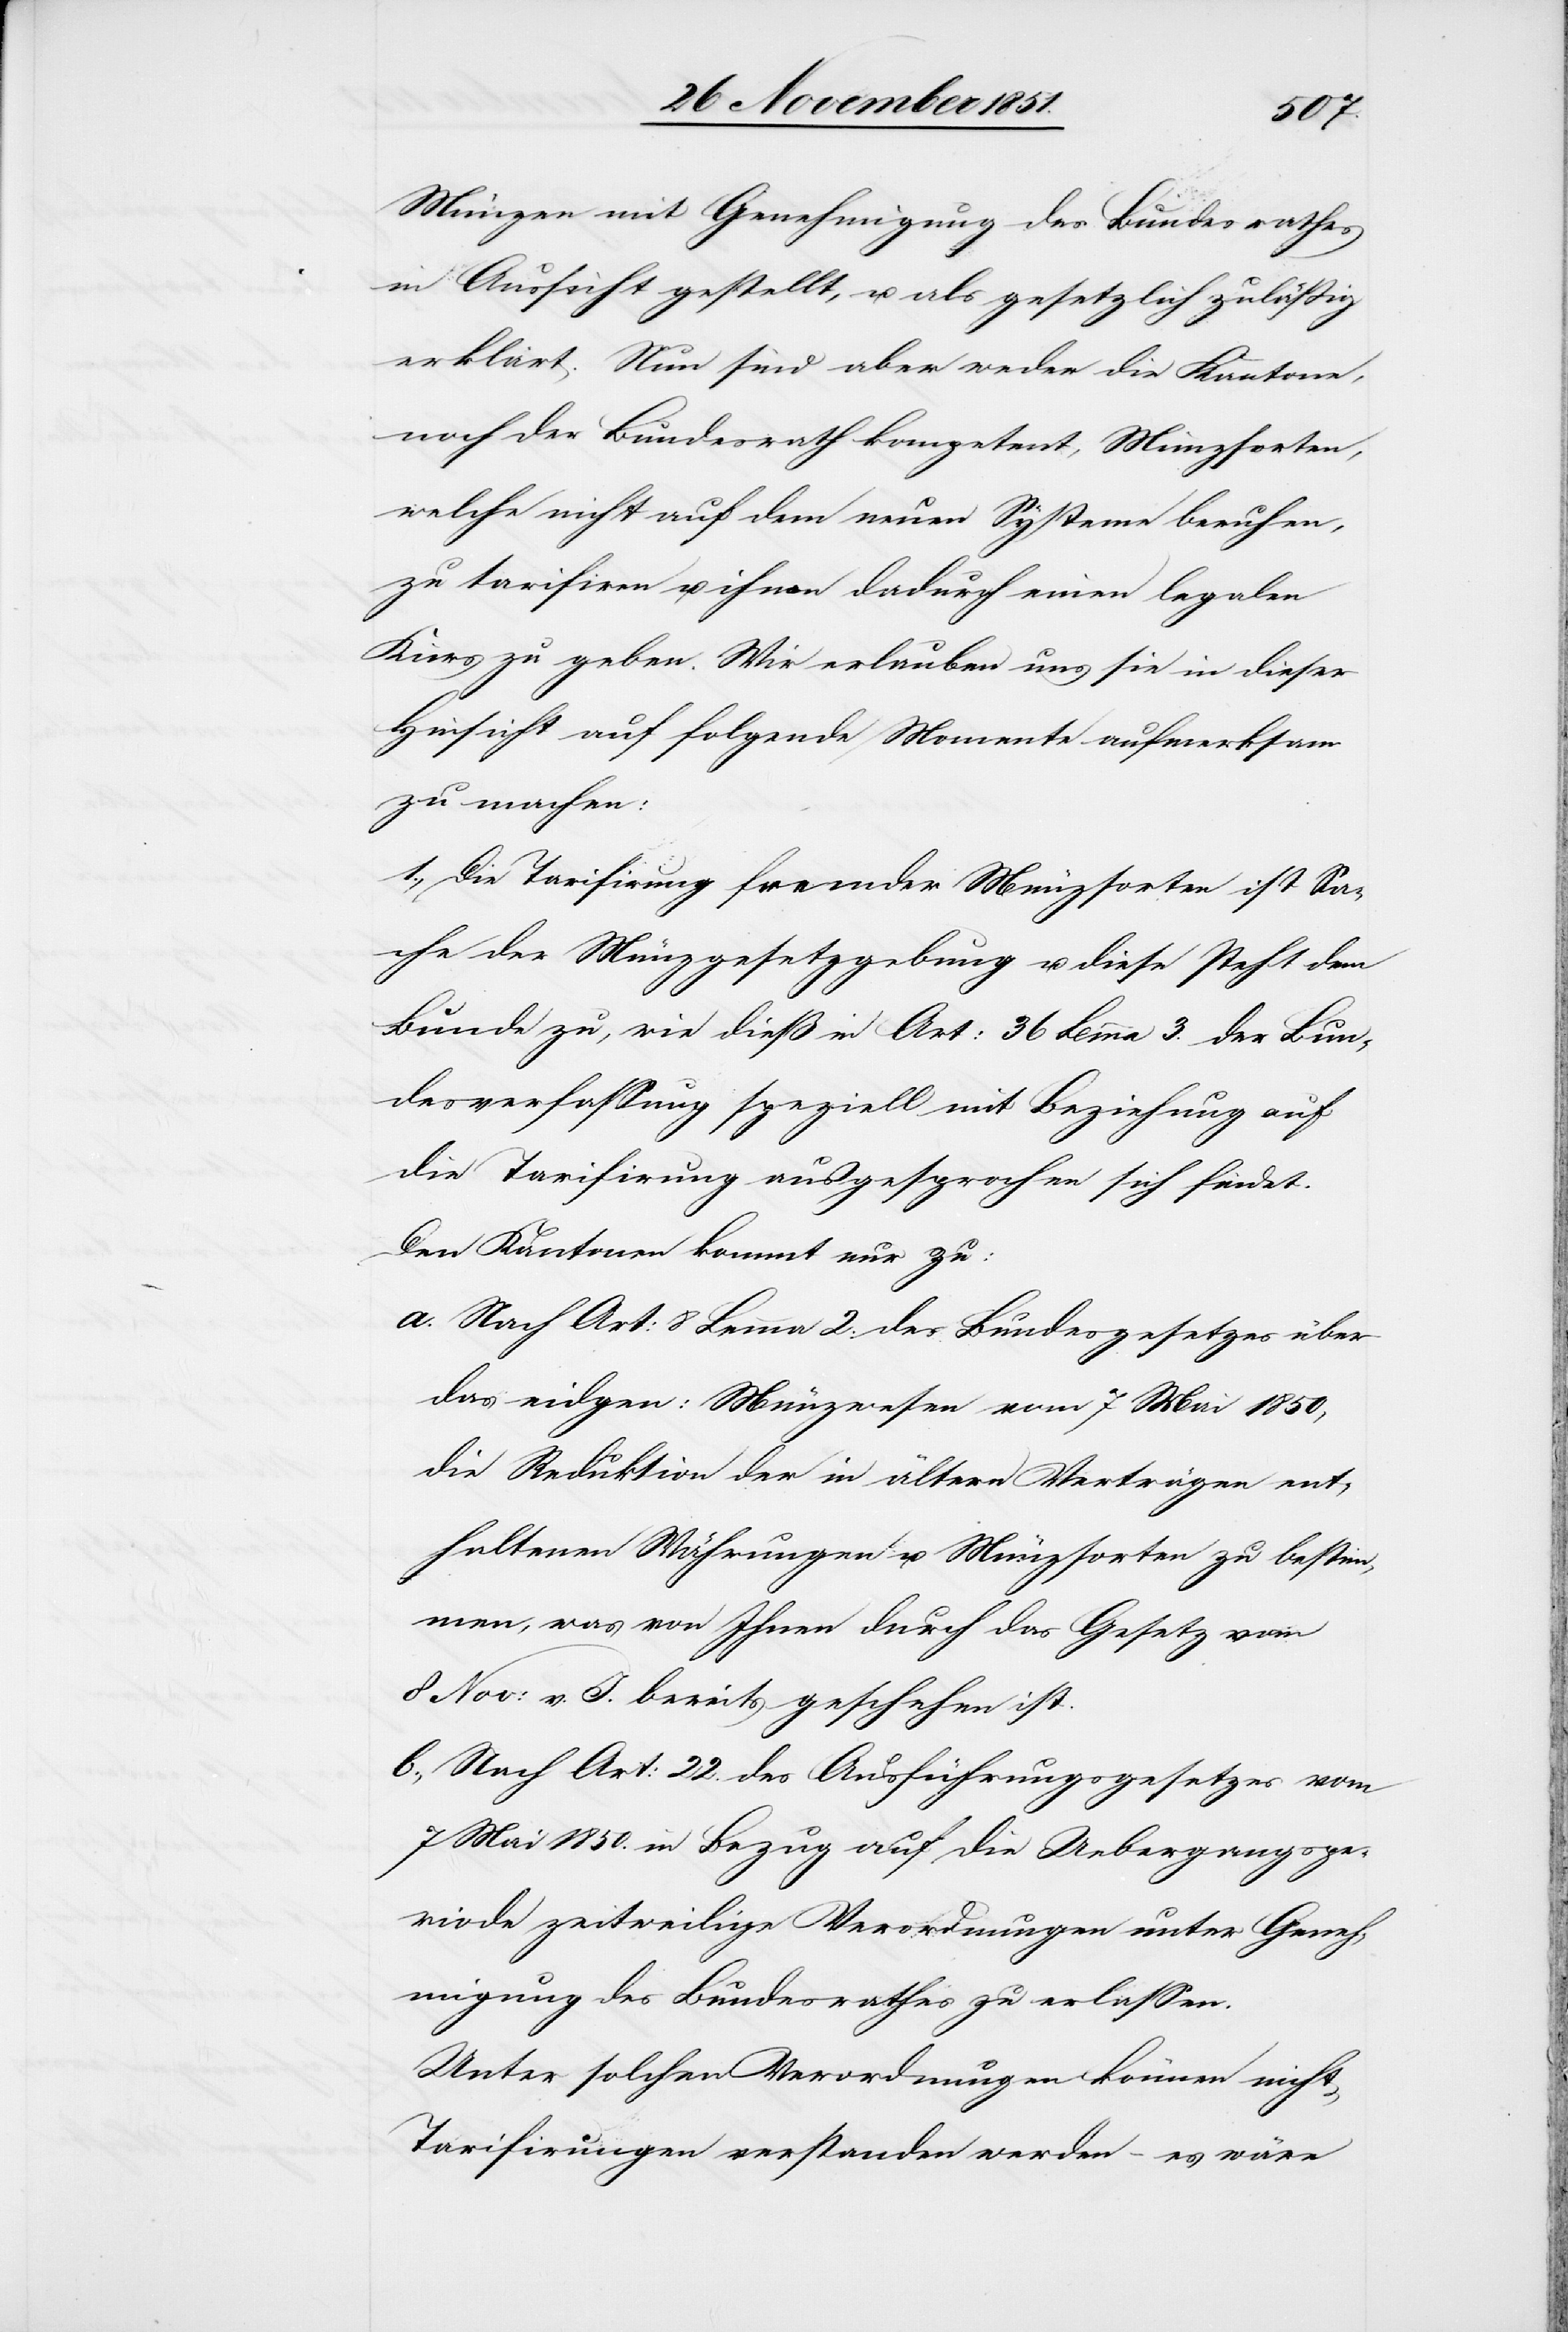
Münzen mit Genehmigung des Bundesrathes
in Aussicht gestellt, u. als gesetzlich zuläßig
erklärt. Nun sind aber weder die Kantone,
noch der Bundesrath kompetent, Münzsorten,
welche nicht auf dem neuen Systeme beruhen,
zu tarifiren u. ihnen dadurch einen legalen
Kurs zu geben. Wir erlauben uns sie in dieser
Hinsicht auf folgende Momente aufmerksam
zu machen:
1., Die Tarifirung fremder Münzsorten ist Sa¬
che der Münzgesetzgebung u. diese steht dem
Bunde zu, wie dieß in Art: 36 Lemma 3. der Bun¬
desverfassung speziell mit Beziehung auf
die Tarifirung ausgesprochen sich findet.
Den Kantonen kommt nur zu:
Nach Art: 8 Lemma 2. des Bundesgesetzes über
das eidgen: Münzwesen vom 7 Mai 1850,
die Reduktion der in ältern Verträgen ent¬
haltenen Währungen u. Münzsorten zu bestim¬
men, was von Ihnen durch das Gesetz vom
8 Nov: v. J. bereits geschehen ist.
Nach Art: 22. des Ausführungsgesetzes vom
7 Mai 1850. in Bezug auf die Uebergangspe¬
riode zeitweilige Verordnungen unter Geneh¬
migung des Bundesrathes zu erlassen.
Unter solchen Verordnungen können nicht
Tarifirungen verstanden werden – es wäre